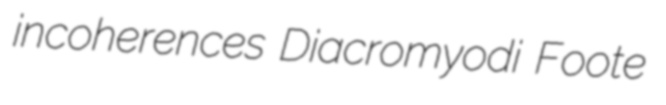
incoherences Diacromyodi Foote